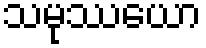
သမုဿယော